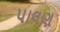
પાલણ